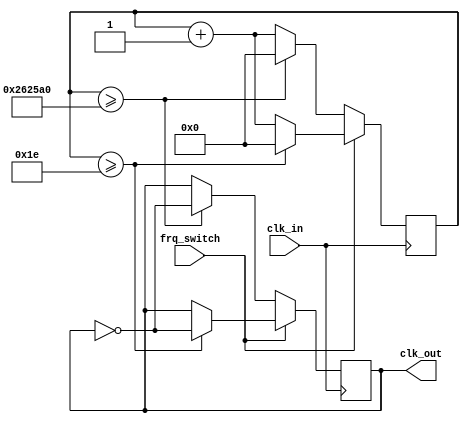
module divider(clk_in,frq_switch, clk_out);//choose

input clk_in;//system clock, reset button
input frq_switch;
output clk_out;

reg clk_out = 0;
reg [31:0] cnt = 0;//counter

always @(posedge clk_in) begin
			if(frq_switch) begin
				if (cnt>=30)//actually 2500000 times
					begin
						clk_out <= ~clk_out;
						cnt <= 0;
					end
				else
					begin
						cnt <= cnt+1;
					end
			end
			else begin
				if (cnt>=2500000)//actually 2500000 times
					begin
						clk_out <= ~clk_out;
						cnt <= 0;
					end
				else
					begin
						cnt <= cnt+1;
					end
			end
end
endmodule